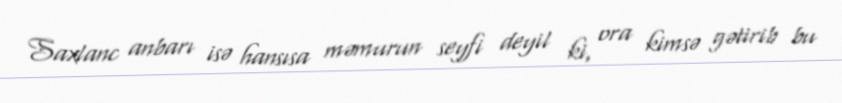
Saxlanc anbarı isə hansısa məmurun seyfi deyil ki, ora kimsə gətirib bu